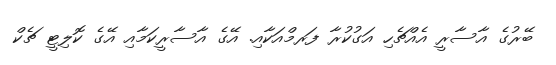
ބޭރުގެ އާސާރީ އެއްޗެހި އަގުކުރާ ފަރމްއަކާއި. އޭގެ އާސާރީކަމާއި އޭގެ ކޮލިޓީ ޗެކް